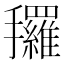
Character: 𰔿